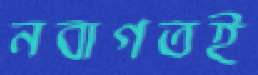
নবাগতই